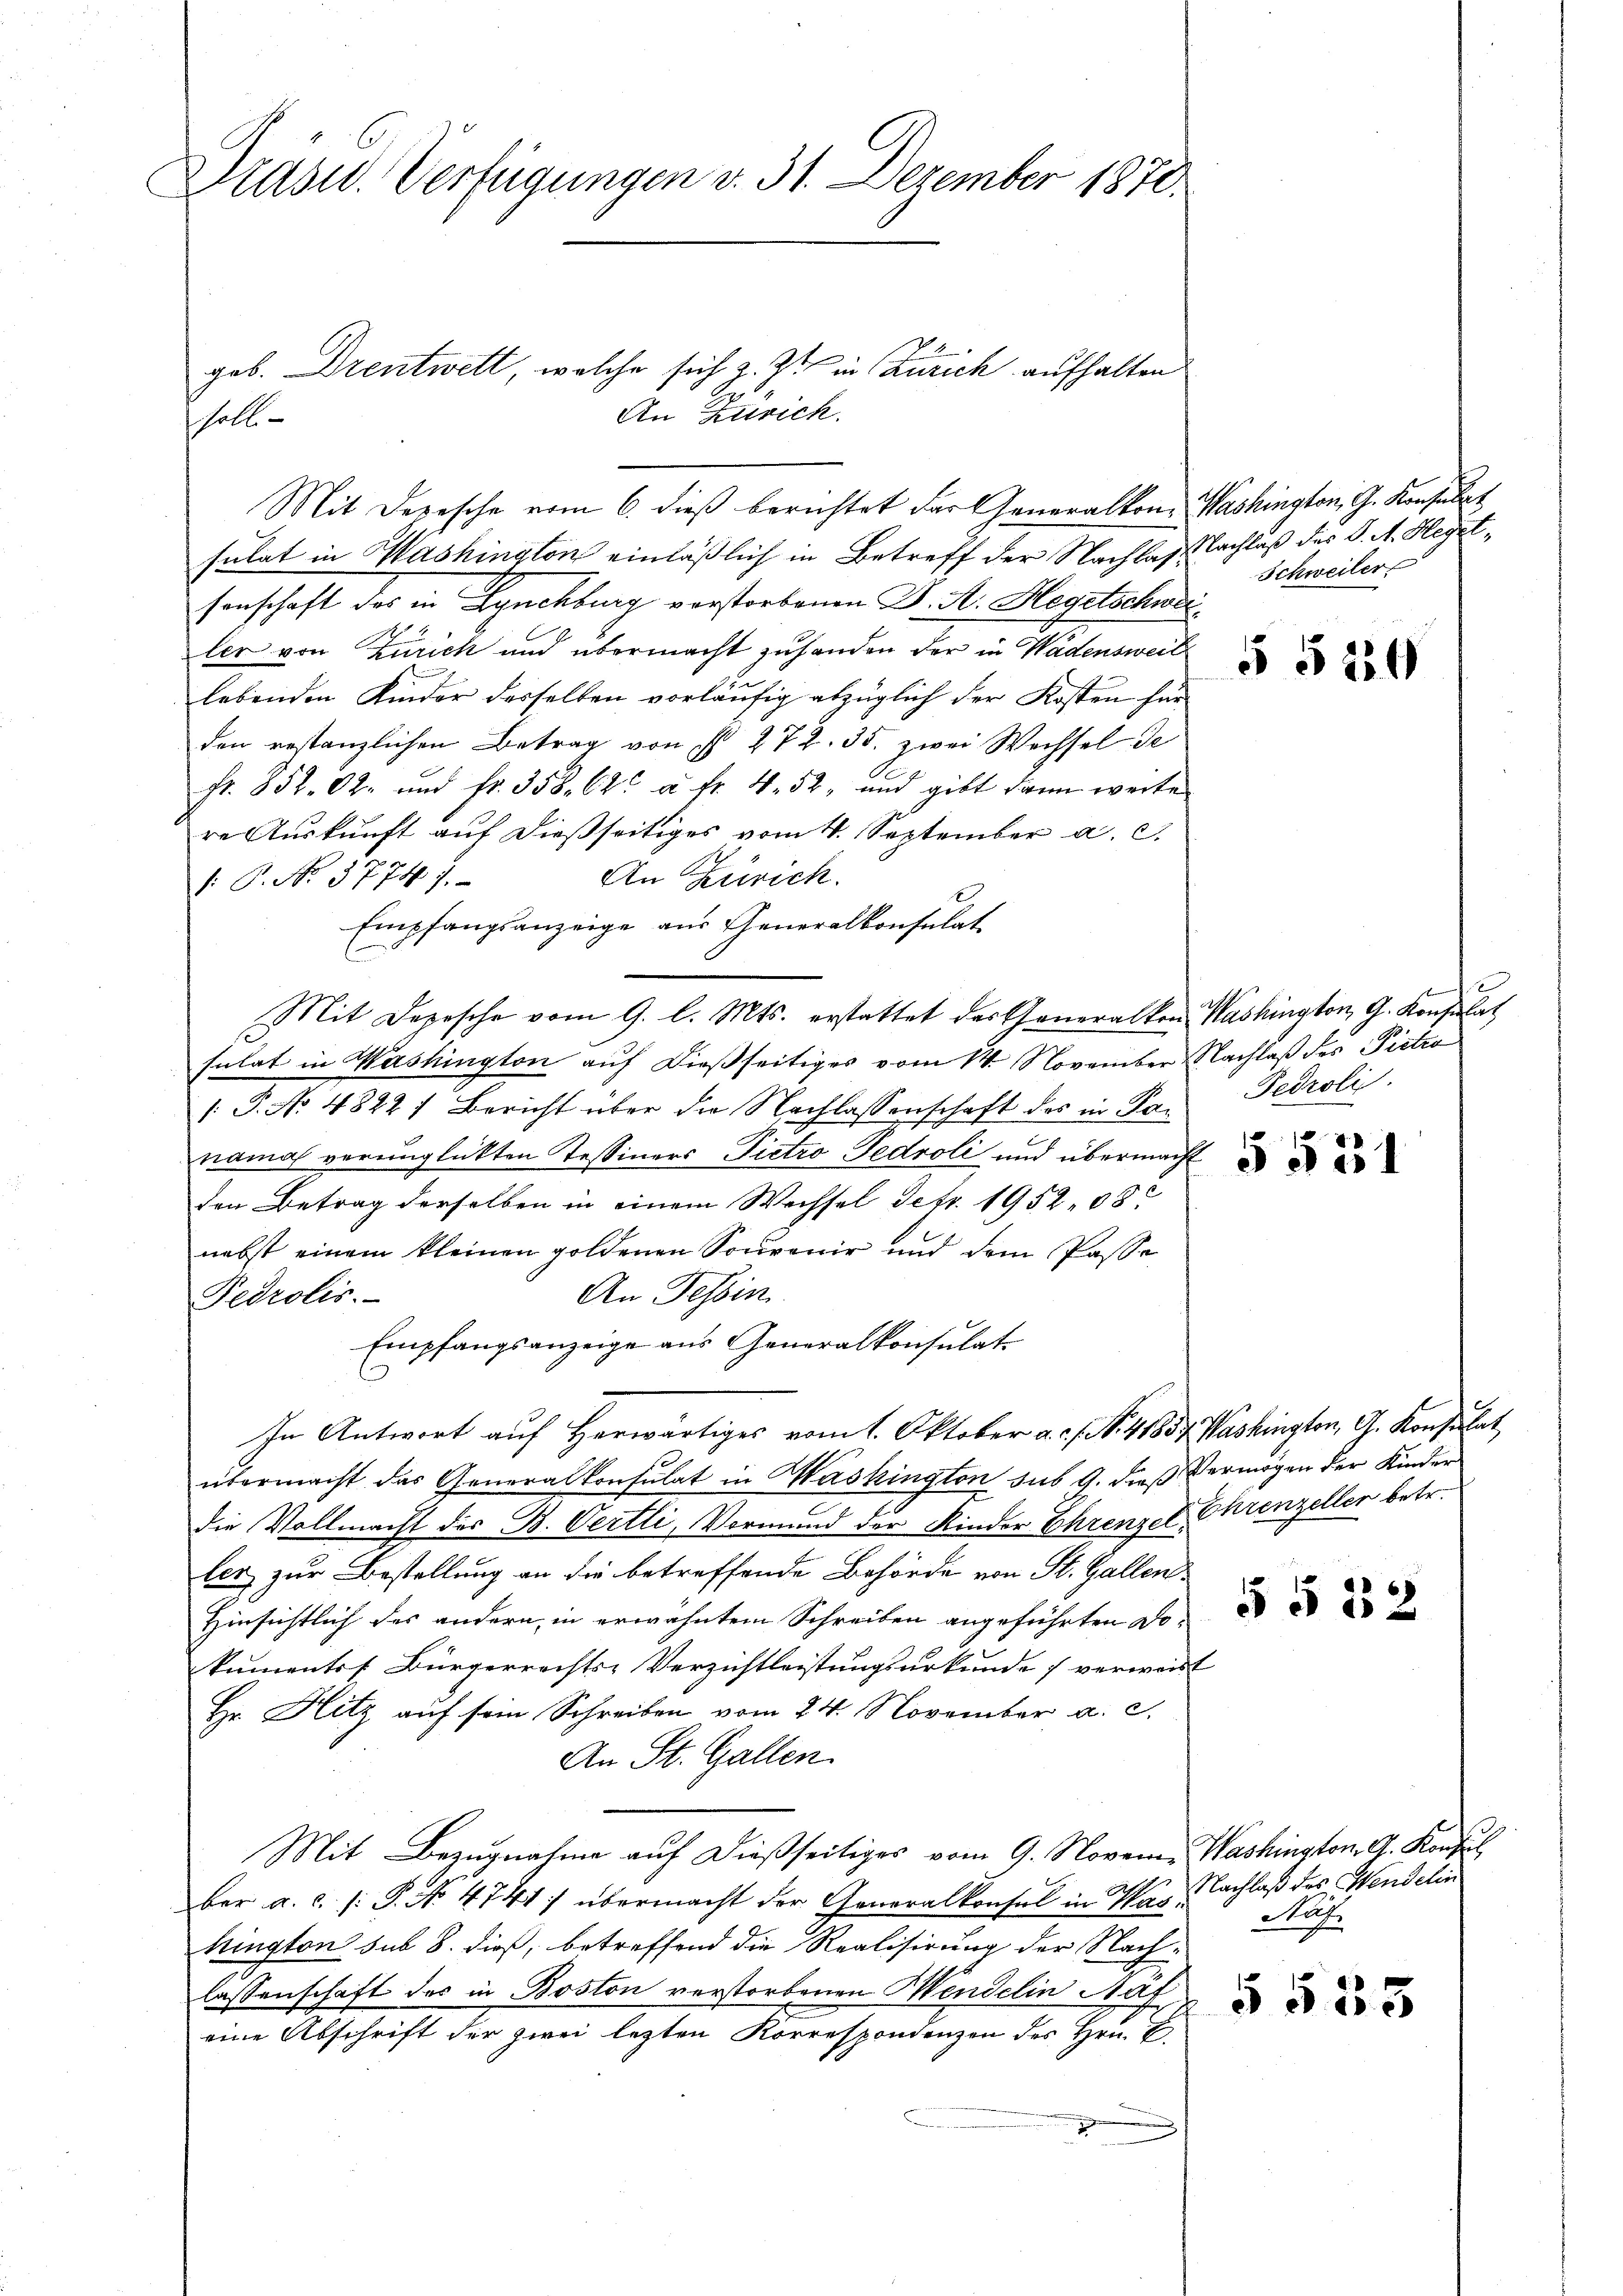
Präsid. Verfügungen v. 31. Dezember 1870.

gob. Drentwett, welche sich z. Zt. in Zürich aufhalten
An Zürich.
halb
Mit Depesche vom 6. dieβ berichtet der Generalkon- Washington, G. Konsulat
sulat in Washington einläßlich in Betreff der Nachlaslachlaß des S. A. Hegetsenschaft des in Lynchburg vorstorbenen J. A. Hegetschweiler von Zürich und übermacht zu handen der in Wädensweil
lebenden Kinder desselben vorläufig abzüglich der Kosten für
den restanzlichen Betrag von ist 272. 35. zwei Wechsel de
Fr. 852. 62. und fr. 358. 62. à Fr. 4. 52, und gibt dann weite
re Auskunft auf dießseitiges vom 4. September a. c.
An Zürich.
: P. No. 1774.
Empfangsanzeige aus Generalkonsulat
Mit Depesche vom 9. l. Mts. erstattet das Generalkon Washington G. Konsulat
sulat in Washington auf dießseitiges vom 14. November Nachlaß des Pietro
 P. No 4822) Bericht über die Nachlassenschaft des in Panamas verunglückten Tessiners Pietro Pedroli und übermacht
den Betrag derselben in einem Wechsel Petr. 1952. 08
nebst einem kleinen goldenen Souvenir und dem Pässe
An Tessin
Pedrolis
Empfangsanzeige aus Generalkonsulat
l
In Antwort auf Herwärtiges vom 1. Oktober a. . . . 41837. Washington, G. Konsulat
übermacht das Generalkonsulat in Washington sub 9. dieß Vermögen der Kinder
die Vollmacht des B. Oertli, Vormund der Kinder Ehrenzel, Ehrenzeller betr.
ler zur Bestellung an die betreffende Behörde von St. Gallen
Hinsichtlich des andern in erwähntem Schreiben angeführten Dokumentss Bürgerrechts-Verzichtleistungsurkunde 7 verweist
Hr. Hitz auf sein Schreiben vom 24. November a. c.
An St. Gallen.
Mit Bezugnahme auf dießseitiges vom 9. Novem. Washington G. Konsul
ber a. c. 1: P. No 4741:) übermacht der Generalkonsul in Mag. Nachlaß des Mendelin
hington sub 8. dieß, betreffend die Realisirung der Nachlassenschaft des in Boston verstorbenen Mendelin Näf,
eine Abschrift der zwei lezten Korrespondenzen des Hrn. E

Schweiler

5 § 230

Fedroli

3531

§ § 22

Nah

§ 533